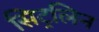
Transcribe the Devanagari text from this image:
सिट्रलिन